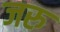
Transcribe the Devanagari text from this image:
जरु